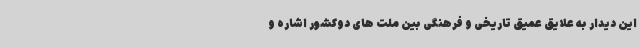
این دیدار به علایق عمیق تاریخی و فرهنگی بین ملت های دوکشور اشاره و